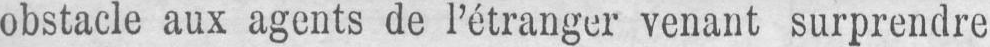
obstacle aux agents de l’étranger venant surprendre